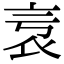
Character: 𧘎